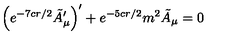
\left( e ^ { - 7 c r / 2 } \tilde { A } _ { \mu } ^ { \prime } \right) ^ { \prime } + e ^ { - 5 c r / 2 } m ^ { 2 } \tilde { A } _ { \mu } = 0